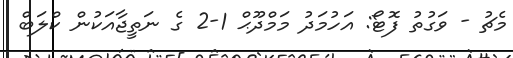
މެޗު - ވަގުތު ފޮޓޯ: އަހުމަދު މަމްދޫޙް 1-2 ގެ ނަތީޖާއަކުން ކްލަބް